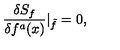
\frac { \delta S _ { f } } { \delta f ^ { a } ( x ) } \vert _ { \tilde { f } } = 0 ,